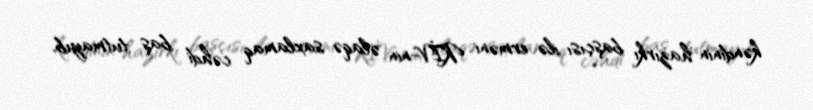
kəndinin hazırkı başçısı ilə erməni KİV-nin əlaqə saxlamaq cəhdi baş tutmayıb.